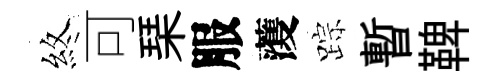
煞可琹服𮑮踪暫鞞